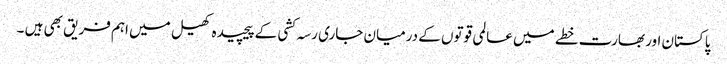
پاکستان اور بھارت خطے میں عالمی قوتوں کے درمیان جاری رسہ کشی کے پیچیدہ کھیل میں اہم فریق بھی ہیں ۔